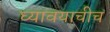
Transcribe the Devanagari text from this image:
घ्यावयाचीच